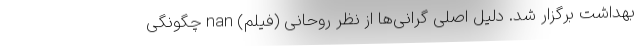
بهداشت برگزار شد. دلیل اصلی گرانی‌ها از نظر روحانی (فیلم) nan چگونگی